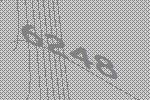
6248